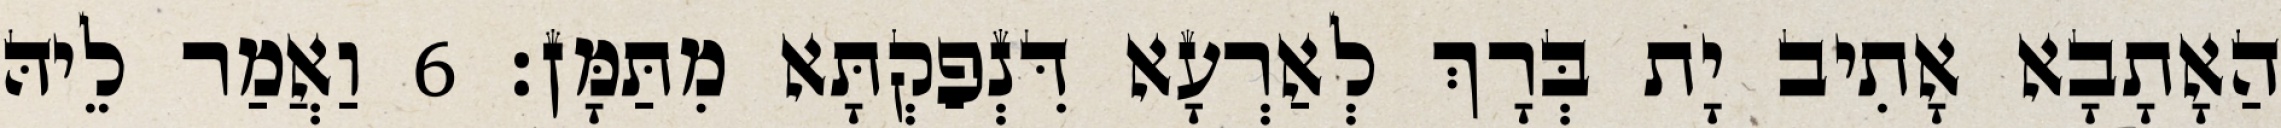
הַאָתָבָא אָתִיב יָת בְּרָךְ לְאַרְעָא דִּנְפַקְתָּא מִתַּמָּן׃ 6 וַאֲמַר לֵיהּ